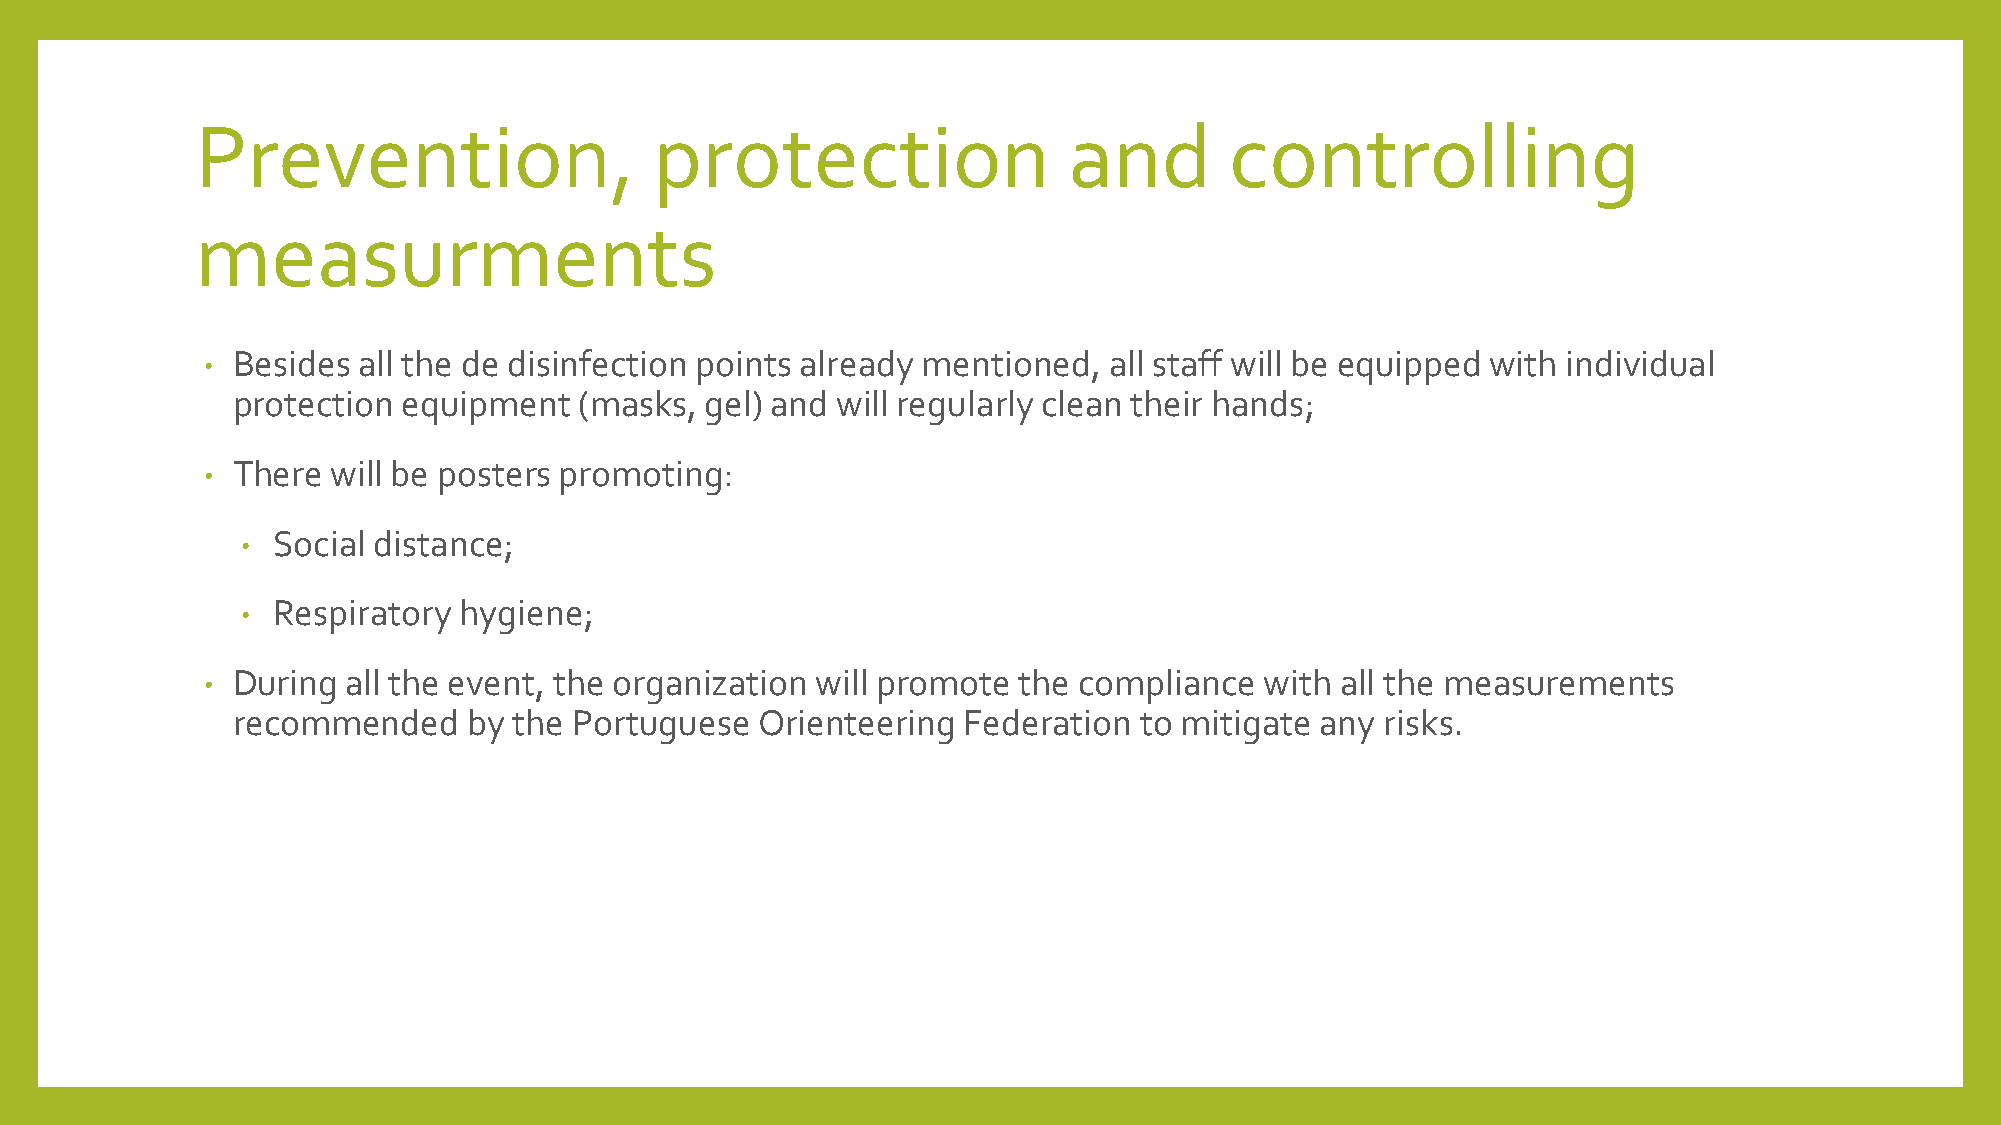
Prevention,                   protection                  and       controlling
 measurments
 • Besides  all the de disinfection points already mentioned, all staff will be equipped with individual
 protection  equipment  (masks,  gel) and will regularly clean their hands;
 • There  will be posters promoting:
 • Social distance;
 • Respiratory hygiene;
 • During  all the event, the organization will promote the compliance  with all the measurements
 recommended     by the Portuguese  Orienteering  Federation to mitigate any  risks.